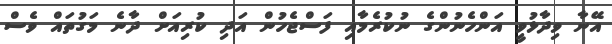
އޭނާ ވިދާޅުވީ އަންހެނުންގެ ނުކުރެމާއި ފަސްޖެހުން އަދި ކުރިއަށް ދާނެ މަގުތައް ވެސް